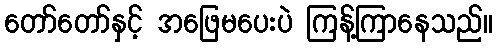
တော်တော်နှင့် အဖြေမပေးပဲ ကြန့်ကြာနေသည်။